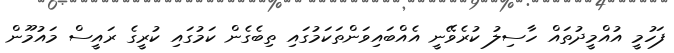
ފަހުމީ އުއްމީދުތައް ހާސިލު ކުރެވޭނީ އެއްބައިވަންތަކަމުގައި ތިބެގެން ކަމުގައި ކުރީގެ ރައީސް މައުމޫން